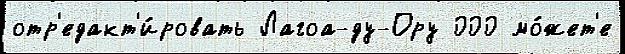
отр'едакт'и́ровать Лагоа-ду-Ору 000 мо́жет'е